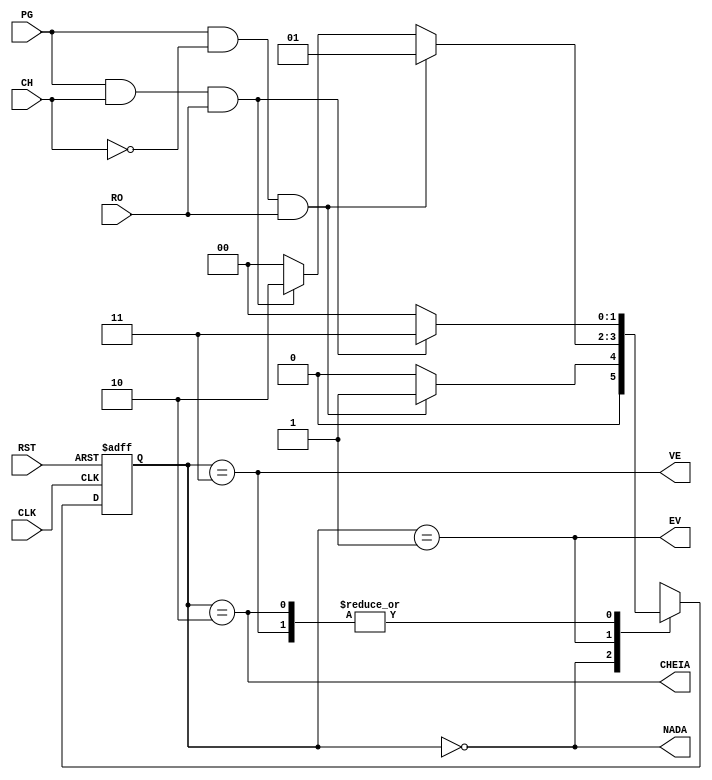
//Mquina de estados que verifica vedao 
module fsm2(
	input PG,CH,RO,CLK,RST,
	output  NADA,EV,CHEIA,VE
);
reg [1:0] state , nextstate ;
parameter S0 = 2'b00 ;
parameter S1 = 2'b01 ;
parameter S2 = 2'b10 ;
parameter S3 = 2'b11 ;
// state register
always @ ( posedge CLK , negedge 
RST )
if ( RST == 1'b0 ) state <= S0 ;
else state <= nextstate ;
// next state logic
always @ (*)
case ( state )
S0 : if (PG == 1'b1 && CH == 1'b0 && RO == 1'b1) nextstate = S1 ;
else nextstate = S0 ;
S1 : if (PG == 1'b1 && CH == 1'b0 && RO == 1'b1)nextstate = S1 ;
else if (PG == 1'b1 && CH == 1'b1 && RO == 1'b1) nextstate = S2; 
else nextstate = S0 ;
S2 : if (PG == 1 && CH == 1 && RO == 1) nextstate = S3;
else nextstate = S0;
S3 : if (PG == 1 && CH == 1 && RO == 1) nextstate = S3;
else nextstate = S0;
default : nextstate = S0 ;
endcase
// output logic
assign NADA = ( state == S0 ) ;
assign EV = ( state == S1 ) ;
assign CHEIA = ( state == S2 ) ;
assign VE = ( state == S3) ;
endmodule